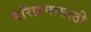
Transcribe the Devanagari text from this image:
परिक्रमासाठी